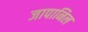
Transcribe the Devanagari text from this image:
जापानिल